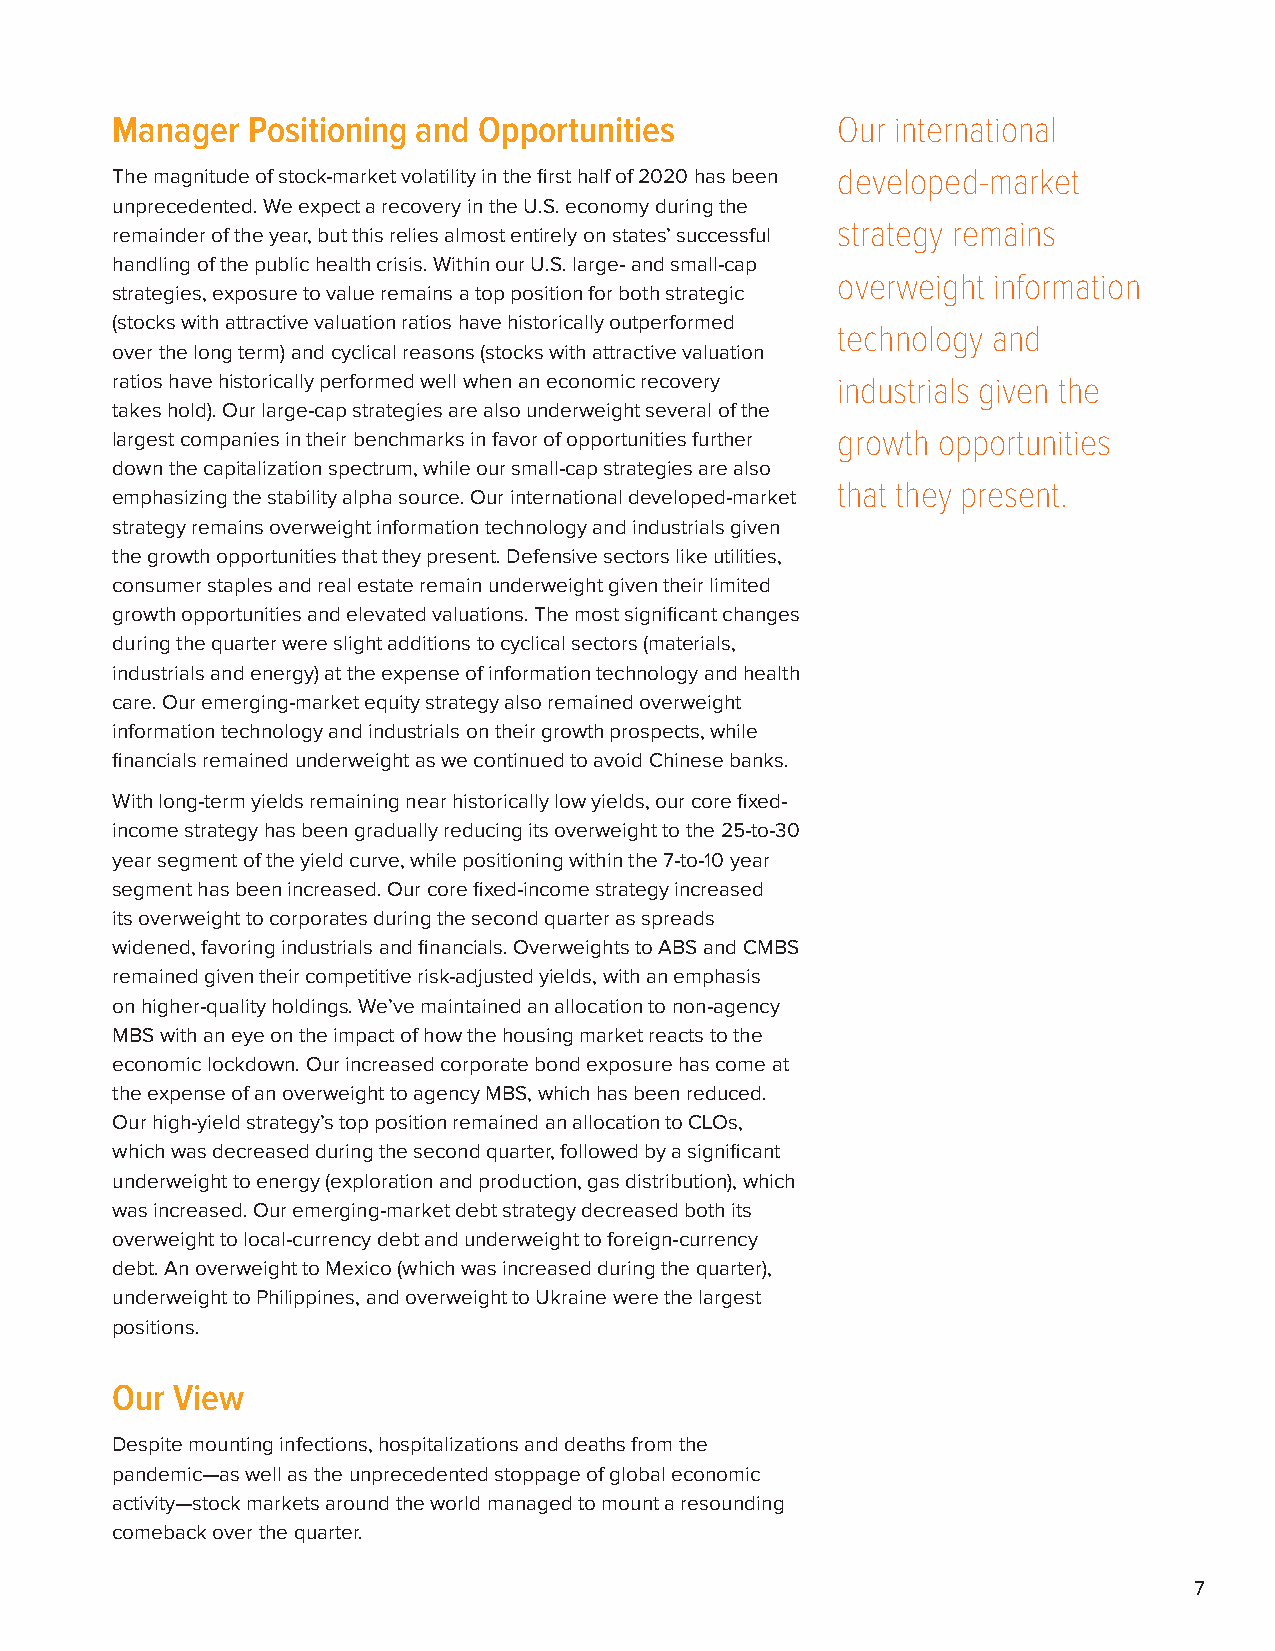
Manager  Positioning and Opportunities          Our international
 The magnitude of stock-market volatility in the first half of 2020 has been developed-market
 unprecedented. We expect a recovery in the U.S. economy during the
 strategy remains
 remainder of the year, but this relies almost entirely on states’ successful
 handling of the public health crisis. Within our U.S. large- and small-cap
 overweight information
 strategies, exposure to value remains a top position for both strategic
 (stocks with attractive valuation ratios have historically outperformed
 technology and
 over the long term) and cyclical reasons (stocks with attractive valuation
 ratios have historically performed well when an economic recovery industrials given the
 takes hold). Our large-cap strategies are also underweight several of the
 largest companies in their benchmarks in favor of opportunities further growth opportunities
 down the capitalization spectrum, while our small-cap strategies are also
 that they present.
 emphasizing the stability alpha source. Our international developed-market
 strategy remains overweight information technology and industrials given
 the growth opportunities that they present. Defensive sectors like utilities,
 consumer staples and real estate remain underweight given their limited
 growth opportunities and elevated valuations. The most significant changes
 during the quarter were slight additions to cyclical sectors (materials,
 industrials and energy) at the expense of information technology and health
 care. Our emerging-market equity strategy also remained overweight
 information technology and industrials on their growth prospects, while
 financials remained underweight as we continued to avoid Chinese banks.
 With long-term yields remaining near historically low yields, our core fixed-
 income strategy has been gradually reducing its overweight to the 25-to-30
 year segment of the yield curve, while positioning within the 7-to-10 year
 segment has been increased. Our core fixed-income strategy increased
 its overweight to corporates during the second quarter as spreads
 widened, favoring industrials and financials. Overweights to ABS and CMBS
 remained given their competitive risk-adjusted yields, with an emphasis
 on higher-quality holdings. We’ve maintained an allocation to non-agency
 MBS with an eye on the impact of how the housing market reacts to the
 economic lockdown. Our increased corporate bond exposure has come at
 the expense of an overweight to agency MBS, which has been reduced.
 Our high-yield strategy’s top position remained an allocation to CLOs,
 which was decreased during the second quarter, followed by a significant
 underweight to energy (exploration and production, gas distribution), which
 was increased. Our emerging-market debt strategy decreased both its
 overweight to local-currency debt and underweight to foreign-currency
 debt. An overweight to Mexico (which was increased during the quarter),
 underweight to Philippines, and overweight to Ukraine were the largest
 positions.
 Our View
 Despite mounting infections, hospitalizations and deaths from the
 pandemic—as well as the unprecedented stoppage of global economic
 activity—stock markets around the world managed to mount a resounding
 comeback over the quarter.
 7